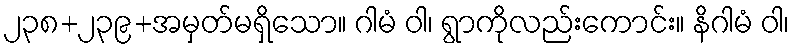
၂၃၈+၂၃၉+အမှတ်မရှိသော။ ဂါမံ ဝါ၊ ရွာကိုလည်းကောင်း။ နိဂါမံ ဝါ၊